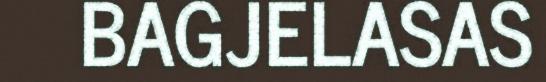
BAGJELASAS